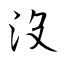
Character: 沒